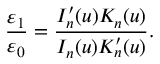
\frac { \varepsilon _ { 1 } } { \varepsilon _ { 0 } } = \frac { I _ { n } ^ { \prime } ( u ) K _ { n } ( u ) } { I _ { n } ( u ) K _ { n } ^ { \prime } ( u ) } .